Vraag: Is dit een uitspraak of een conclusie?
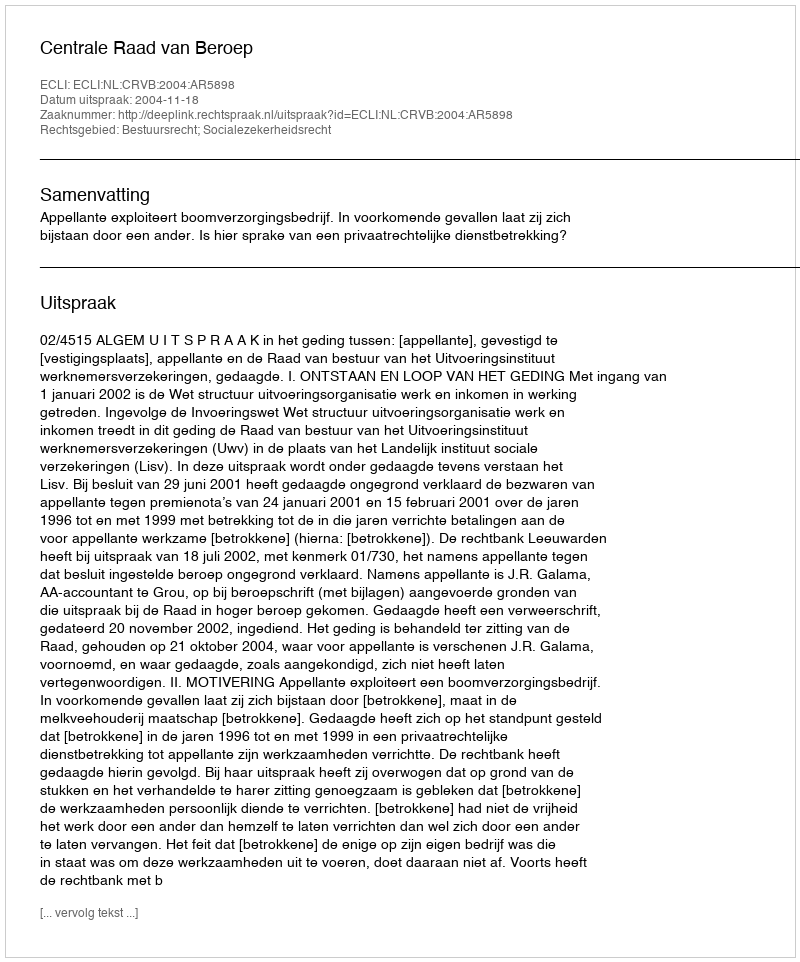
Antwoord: Uitspraak